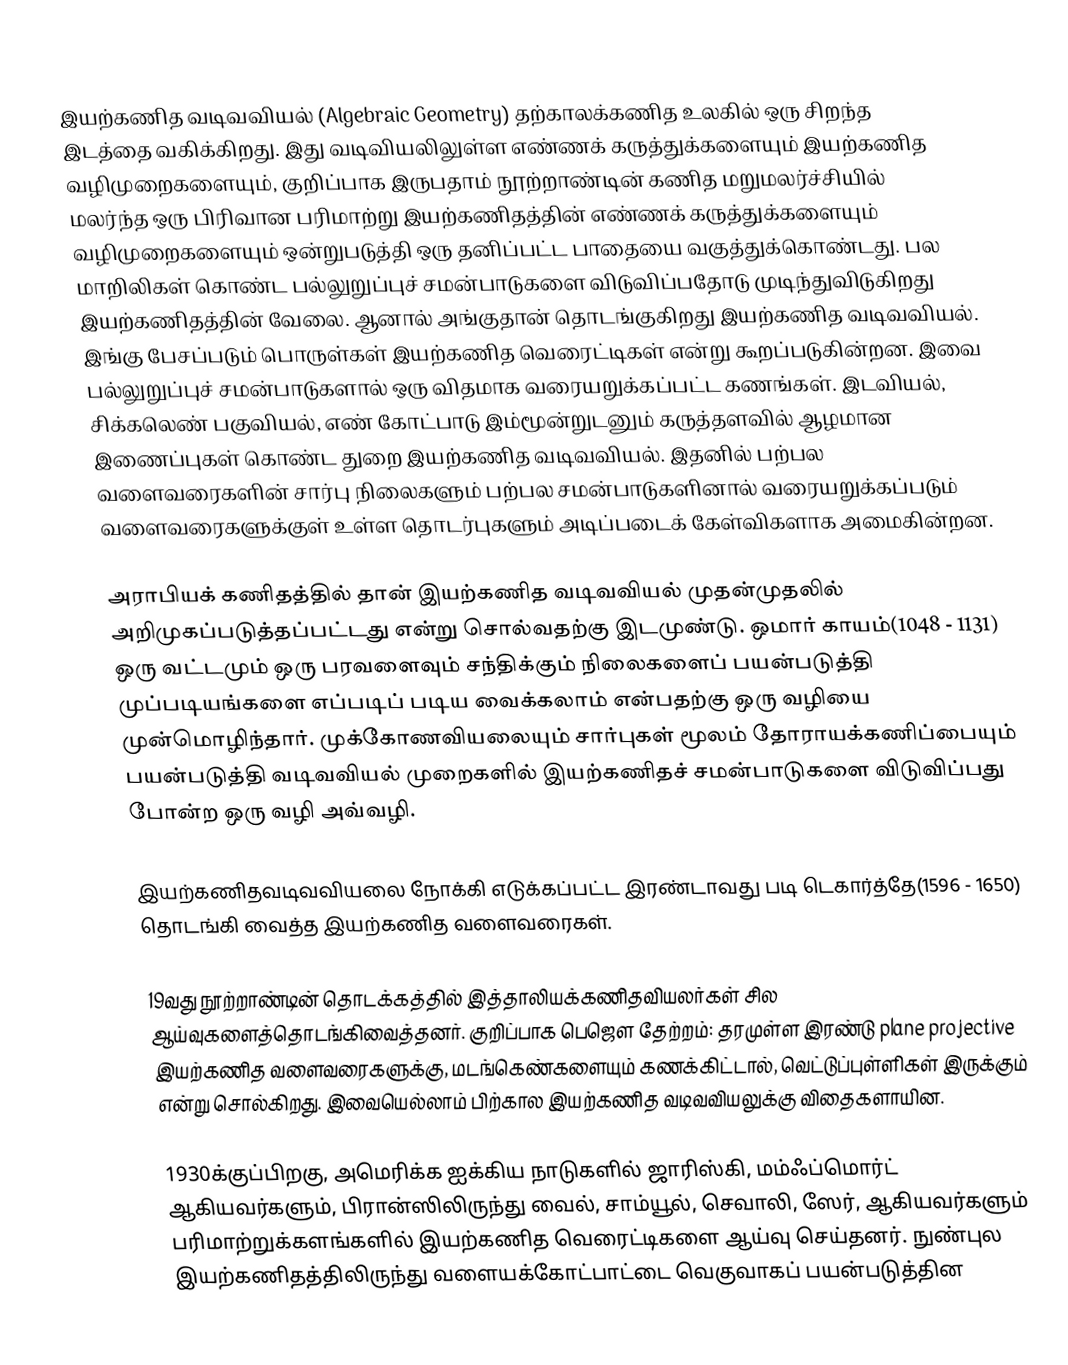
இயற்கணித வடிவவியல் (Algebraic Geometry) தற்காலக்கணித  உலகில் ஒரு சிறந்த  இடத்தை வகிக்கிறது. இது வடிவியலிலுள்ள எண்ணக் கருத்துக்களையும் இயற்கணித வழிமுறைகளையும், குறிப்பாக இருபதாம் நூற்றாண்டின் கணித மறுமலர்ச்சியில் மலர்ந்த  ஒரு பிரிவான பரிமாற்று இயற்கணிதத்தின் எண்ணக் கருத்துக்களையும் வழிமுறைகளையும் ஒன்றுபடுத்தி ஒரு தனிப்பட்ட பாதையை வகுத்துக்கொண்டது. பல மாறிலிகள் கொண்ட பல்லுறுப்புச் சமன்பாடுகளை விடுவிப்பதோடு முடிந்துவிடுகிறது இயற்கணிதத்தின் வேலை. ஆனால் அங்குதான் தொடங்குகிறது இயற்கணித வடிவவியல். இங்கு பேசப்படும் பொருள்கள்  இயற்கணித வெரைட்டிகள் என்று கூறப்படுகின்றன. இவை   பல்லுறுப்புச் சமன்பாடுகளால் ஒரு விதமாக வரையறுக்கப்பட்ட கணங்கள். இடவியல், சிக்கலெண் பகுவியல், எண் கோட்பாடு இம்மூன்றுடனும்  கருத்தளவில் ஆழமான இணைப்புகள் கொண்ட துறை இயற்கணித வடிவவியல். இதனில்  பற்பல வளைவரைகளின் சார்பு நிலைகளும் பற்பல சமன்பாடுகளினால் வரையறுக்கப்படும் வளைவரைகளுக்குள் உள்ள தொடர்புகளும் அடிப்படைக் கேள்விகளாக அமைகின்றன.

அராபியக் கணிதத்தில் தான் இயற்கணித வடிவவியல் முதன்முதலில் அறிமுகப்படுத்தப்பட்டது என்று சொல்வதற்கு இடமுண்டு. ஒமார் காயம்(1048 - 1131) ஒரு வட்டமும் ஒரு பரவளைவும் சந்திக்கும் நிலைகளைப் பயன்படுத்தி முப்படியங்களை எப்படிப் படிய வைக்கலாம் என்பதற்கு ஒரு வழியை முன்மொழிந்தார்.  முக்கோணவியலையும் சார்புகள் மூலம் தோராயக்கணிப்பையும்  பயன்படுத்தி  வடிவவியல் முறைகளில் இயற்கணிதச் சமன்பாடுகளை விடுவிப்பது போன்ற ஒரு வழி  அவ்வழி.

இயற்கணிதவடிவவியலை நோக்கி எடுக்கப்பட்ட இரண்டாவது படி டெகார்த்தே(1596 - 1650) தொடங்கி வைத்த இயற்கணித வளைவரைகள்.

19வது நூற்றாண்டின் தொடக்கத்தில் இத்தாலியக்கணிதவியலர்கள் சில ஆய்வுகளைத்தொடங்கிவைத்தனர்.  குறிப்பாக பெஜௌ தேற்றம்:  தரமுள்ள இரண்டு plane projective இயற்கணித வளைவரைகளுக்கு, மடங்கெண்களையும் கணக்கிட்டால்,   வெட்டுப்புள்ளிகள்  இருக்கும்  என்று சொல்கிறது. இவையெல்லாம் பிற்கால இயற்கணித வடிவவியலுக்கு விதைகளாயின.

1930க்குப்பிறகு, அமெரிக்க ஐக்கிய நாடுகளில் ஜாரிஸ்கி, மம்ஃப்மொர்ட் ஆகியவர்களும், பிரான்ஸிலிருந்து வைல், சாம்யூல், செவாலி, ஸேர்,  ஆகியவர்களும் பரிமாற்றுக்களங்களில் இயற்கணித வெரைட்டிகளை ஆய்வு செய்தனர். நுண்புல இயற்கணிதத்திலிருந்து வளையக்கோட்பாட்டை வெகுவாகப் பயன்படுத்தின